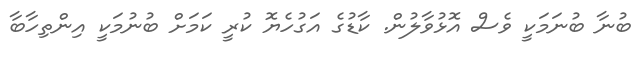
ބުނާ ބުނަމަކީ ވެސް އޮޅުވާލުން. ކާޑުގެ އަގުހެޔޮ ކުރީ ކަމަަށް ބުނުމަކީ އިންތިހާބާ